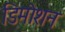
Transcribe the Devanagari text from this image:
डिमोशन